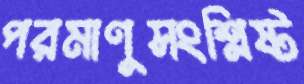
পরমাণুসংশ্লিষ্ট